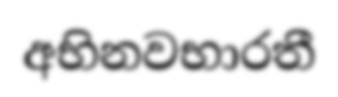
අභිනවභාරතී